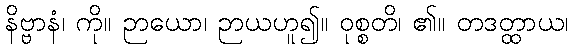
နိဗ္ဗာနံ၊ ကို။ ဉာယော၊ ဉာယဟူ၍။ ဝုစ္စတိ၊ ၏။ တဒတ္ထာယ၊